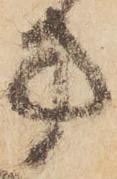
方